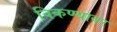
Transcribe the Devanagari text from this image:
विकण्यावर